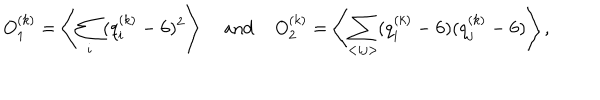
O _ { 1 } ^ { ( k ) } = \left< \sum _ { i } ( q _ { i } ^ { ( k ) } - 6 ) ^ { 2 } \right> \; \mathrm { a n d } \; O _ { 2 } ^ { ( k ) } = \left< \sum _ { < i j > } ( q _ { i } ^ { ( k ) } - 6 ) ( q _ { j } ^ { ( k ) } - 6 ) \right> ,